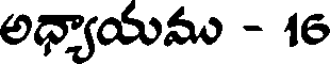
అధ్యాయము - 16